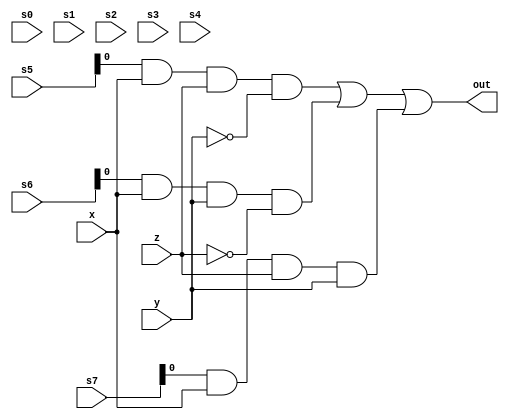
`timescale 1ns / 1ps

module eight_to_two_mux2(s0,s1,s2,s3,s4,s5,s6,s7,x,y,z,out);
    input [2:0] s0,s1,s2,s3,s4,s5,s6,s7;
    input x,y,z;
    output out;
    assign out=(s5&x&z&(~y))|(s6&x&y&(~z))|(s7&x&z&y);
endmodule